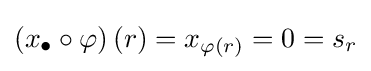
\left(x_{\bullet }\circ \varphi \right)(r)=x_{\varphi (r)}=0=s_{r}